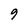
Character: 9